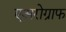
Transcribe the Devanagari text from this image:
एअरोग्राफ